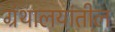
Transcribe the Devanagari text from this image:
ग्रंथालयांतील